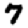
Digit: 7